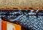
سجنت